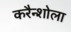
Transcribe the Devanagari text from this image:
करैन्शोला